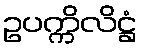
ဥပက္ကိလိဋ္ဌံ